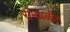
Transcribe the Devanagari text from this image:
रामघळीत